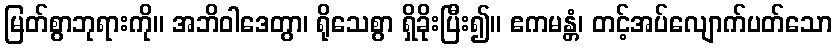
မြတ်စွာဘုရားကို။ အဘိဝါဒေတွာ၊ ရိုသေစွာ ရှိခိုးပြီး၍။ ဧကမန္တံ၊ တင့်အပ်လျောက်ပတ်သော